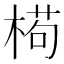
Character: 𣕉